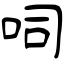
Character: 呞